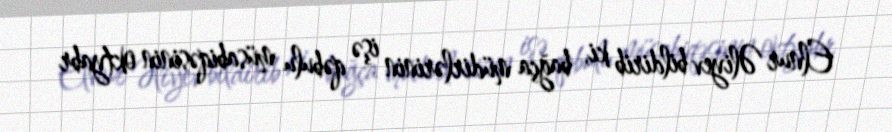
Elnur Əliyev bildirib ki, bağça müdirlərinin işə qəbulu müsabiqəsinin oktyabr